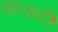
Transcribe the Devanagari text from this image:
घालावीं